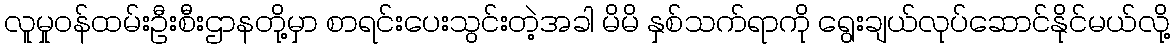
လူမှုဝန်ထမ်းဦးစီးဌာနတို့မှာ စာရင်းပေးသွင်းတဲ့အခါ မိမိ နှစ်သက်ရာကို ရွေးချယ်လုပ်ဆောင်နိုင်မယ်လို့